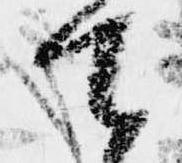
て